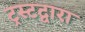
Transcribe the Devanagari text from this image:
ट्रस्टद्वारा